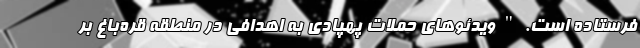
فرستاده است. " ویدئوهای حملات پهپادی به اهدافی در منطقه قره‌باغ بر